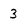
Character: 3